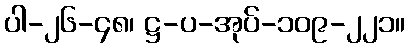
ပါ-၂၆-၄၈၊ ဋ္ဌ-ပ-အုပ်-၁၀၉-၂၂၁။